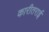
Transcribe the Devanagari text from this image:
कारीतराई